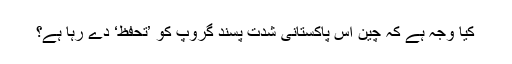
کیا وجہ ہے کہ چین اس پاکستانی شدت پسند گروپ کو ’تحفظ‘ دے رہا ہے؟